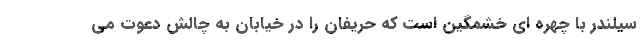
سیلندر با چهره ای خشمگین است که حریفان را در خیابان به چالش دعوت می